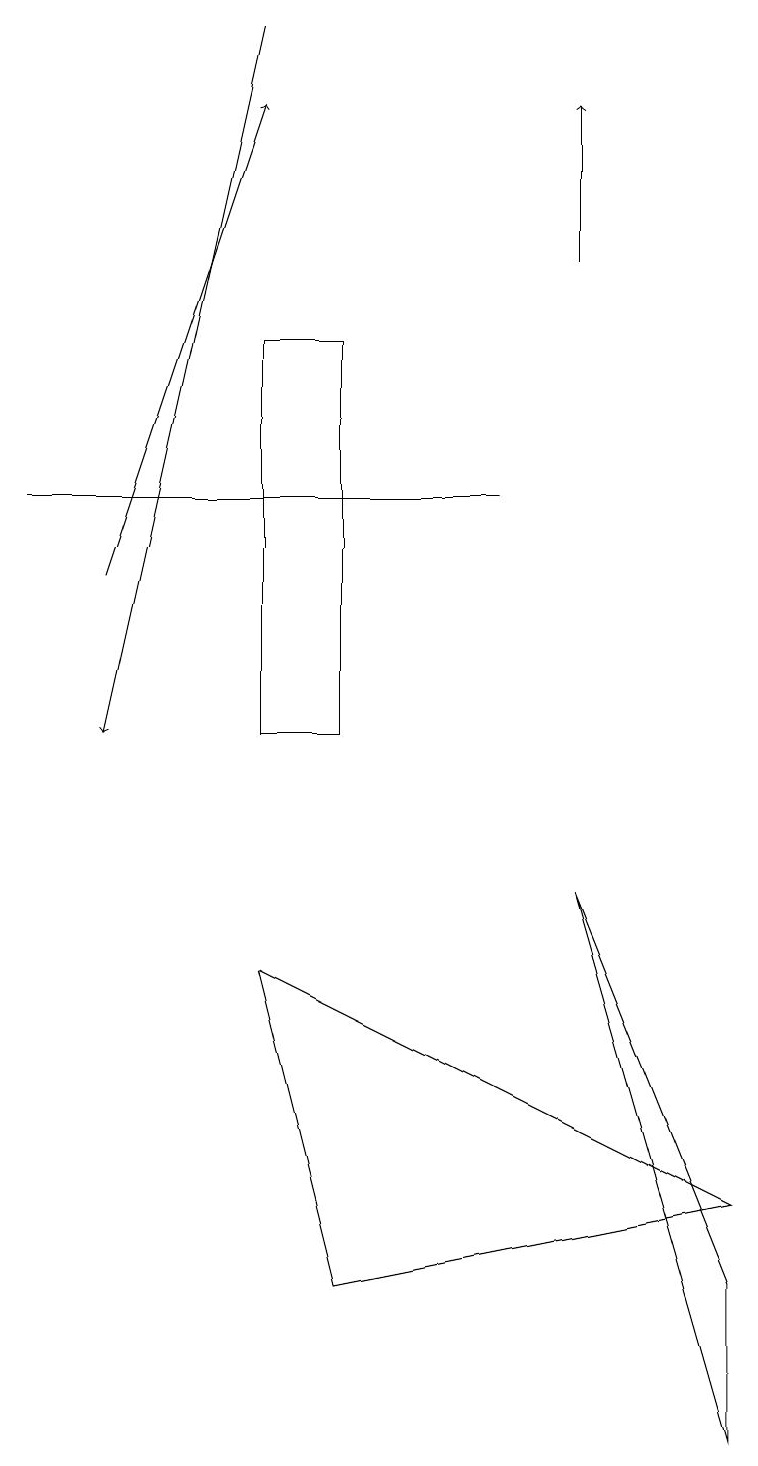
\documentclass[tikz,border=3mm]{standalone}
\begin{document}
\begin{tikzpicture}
\draw (9,4) -- (3,7) -- (4,3) -- cycle;
\draw[->] (7,16) -- (7,18);
\draw (7,8) -- (9,1) -- (9,3) -- cycle;
\draw (6,13) rectangle (0,13);
\draw[->] (1,12) -- (3,18);
\draw (4,10) rectangle (3,15);
\draw[->] (3,19) -- (1,10);
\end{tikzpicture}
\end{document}